DOW-UAP-D49, Launch Summary, Vandenberg AFB, 2000
Agency: Department of War
Incident date: 2/3/00
Page 69
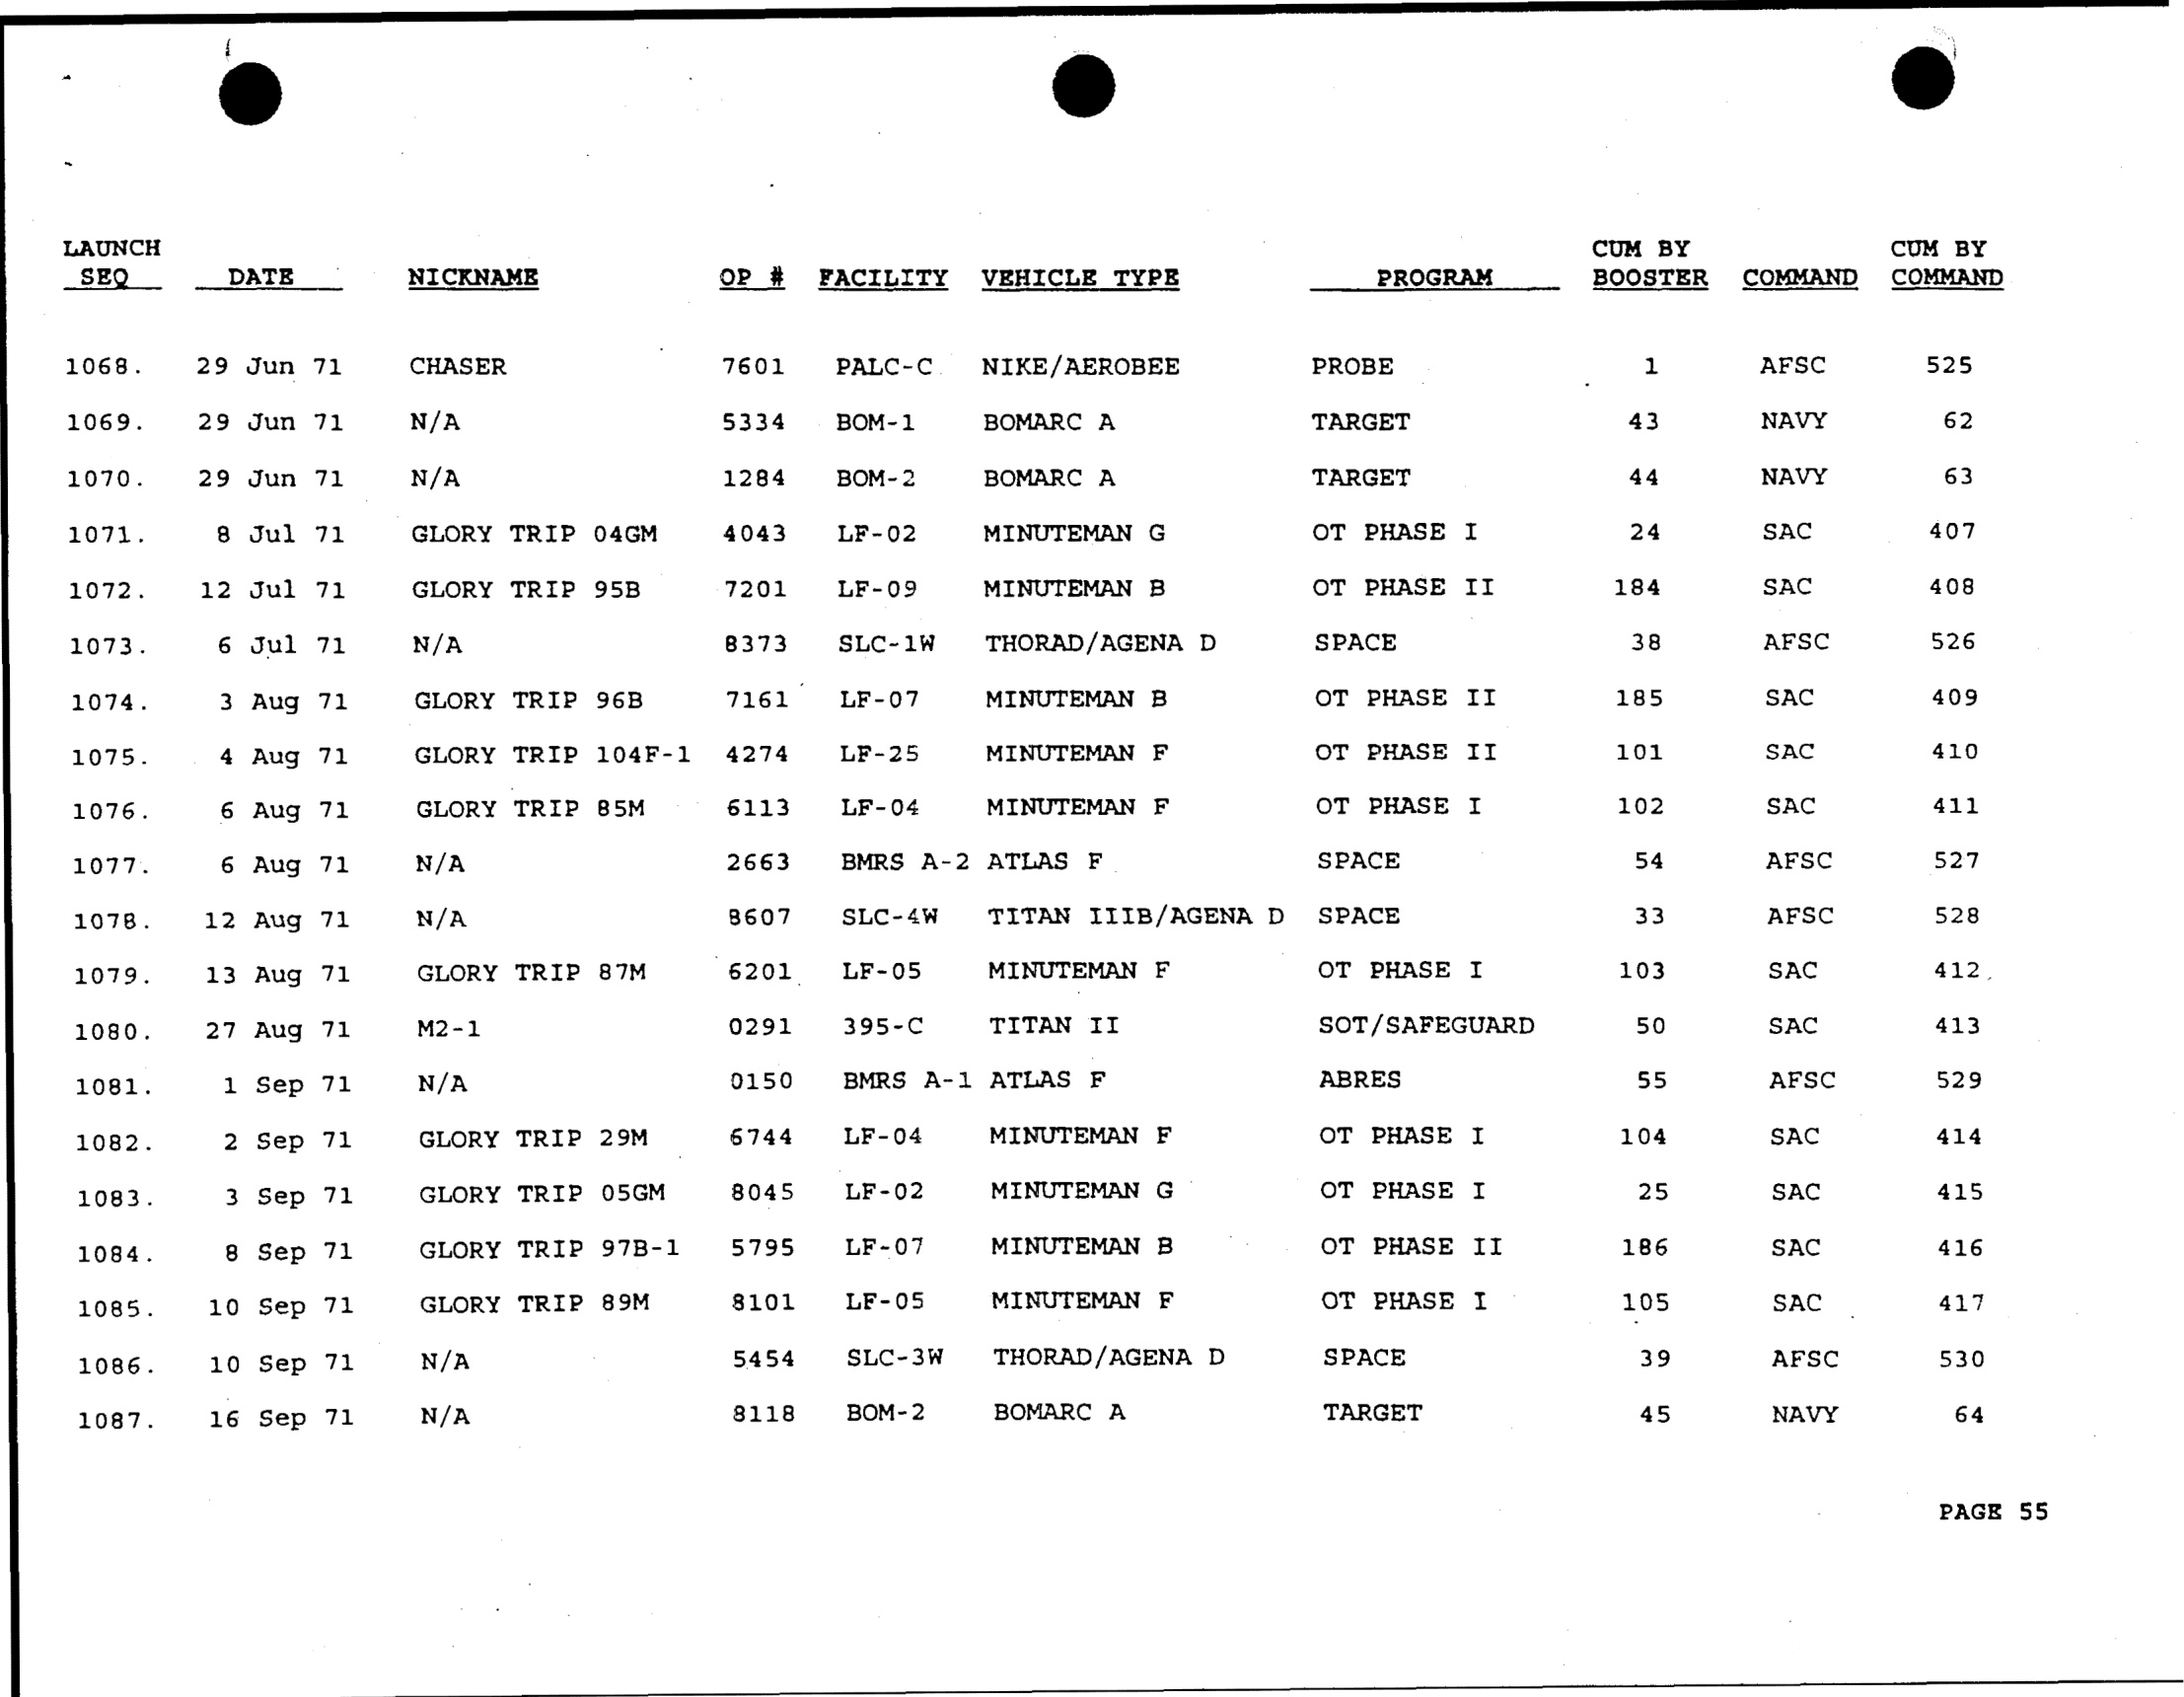